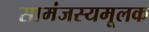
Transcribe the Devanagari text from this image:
सामंजस्यमूलक